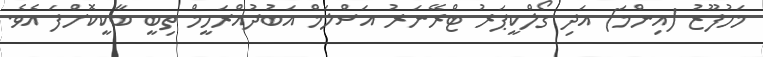
މަހުފޫޒު (އިންމަ) އަދި ގޯލްކީޕަރު ޓްރޭނަރު އަސްލަމް އަބުދުއްރަހީމް ތިބީ ބާކީކޮށްފަ އެވެ.